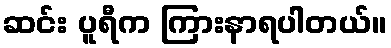
ဆင်း ပူရီက ကြားနာရပါတယ်။